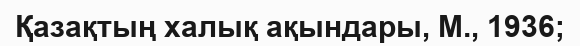
Қазақтың халық ақындары, М., 1936;